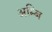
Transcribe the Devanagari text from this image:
अम्बि